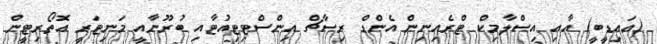
(އައިޑީބީ) އާއި އިސްލާމިކް ޓްރެއިނިން އެންޑް ރިސާޗް އިންސްޓިޓިއުޓާއި ބުރޫނާއީ މަނިޓަރީ އޮތޯރިޓީން